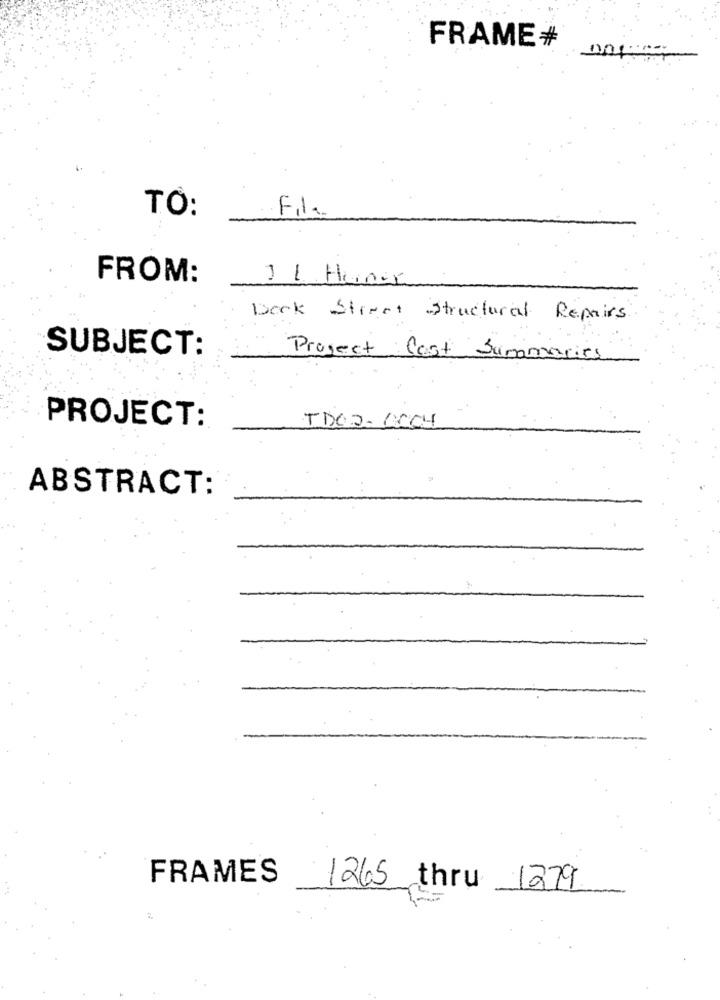
FRAME#
001:0-
TO:
Fil.
FROM:
-
Deck Street Structural Repairs
SUBJECT:
Project Cost Summaries
PROJECT:
TDO 2.0004
ABSTRACT:
FRAMES
1265 thru 1279